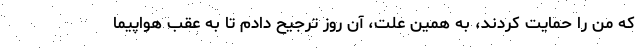
که من را حمایت کردند، به همین علت، آن روز ترجیح دادم تا به عقب هواپیما